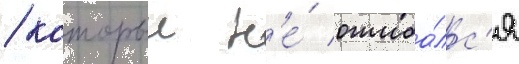
/ которыи н'е́ ошиба́лс'я